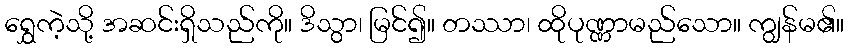
ရွှေကဲ့သို့ အဆင်းရှိသည်ကို။ ဒိသွာ၊ မြင်၍။ တဿာ၊ ထိုပုဏ္ဏာမည်သော။ ကျွန်မ၏။